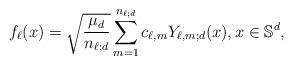
LaTeX: \begin{align*}f_\ell(x)=\sqrt{\frac{\mu_d}{n_{\ell;d}}}\sum_{m=1}^{n_{\ell;d}} c_{\ell,m} Y_{\ell,m;d}(x),x\in \mathbb{S}^d,\end{align*}